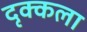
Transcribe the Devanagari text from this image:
दृक्कला